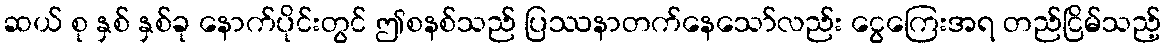
ဆယ် စု နှစ် နှစ်ခု နောက်ပိုင်းတွင် ဤစနစ်သည် ပြဿနာတက်နေသော်လည်း ငွေကြေးအရ တည်ငြိမ်သည့်